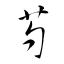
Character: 芍